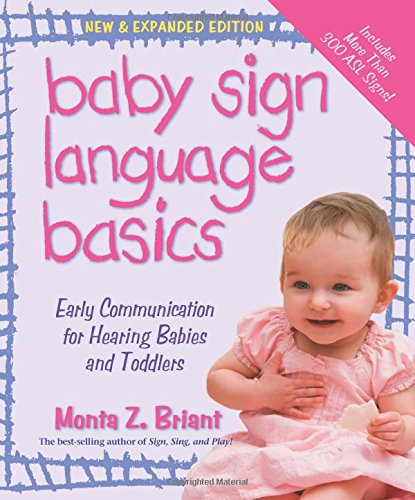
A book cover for Baby Sign Language Basics: Early Communication for Hearing Babies and Toddlers, New & Expanded Edition; Monta Z. Briant; Parenting & Relationships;